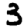
Digit: 3